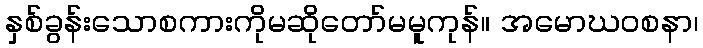
နှစ်ခွန်းသောစကားကိုမဆိုတော်မမူကုန်။ အမောဃဝစနာ၊